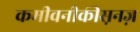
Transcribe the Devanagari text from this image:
कमीवनीकीस़नज़